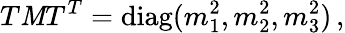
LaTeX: T\mathit{M}T^{T}=\mathrm{{diag}}(m_{1}^{2},m_{2}^{2},m_{3}^{2})\, ,